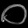
Digit: ၀